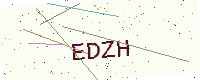
Text: EDZH